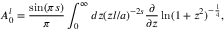
A _ { 0 } ^ { l } = { \frac { \sin ( \pi s ) } { \pi } } \int _ { 0 } ^ { \infty } d z ( z l / a ) ^ { - 2 s } { \frac { \partial } { \partial z } } \ln ( 1 + z ^ { 2 } ) ^ { - { \frac { 1 } { 4 } } } ,